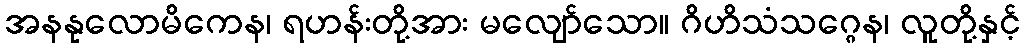
အနနုလောမိကေန၊ ရဟန်းတို့အား မလျော်သော။ ဂိဟိသံသဂ္ဂေန၊ လူတို့နှင့်